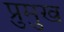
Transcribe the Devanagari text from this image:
प्रुमुख